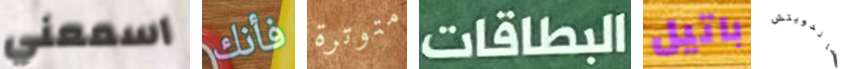
اسمعني فأنك متوترة البطاقات باتيل ساندويتش